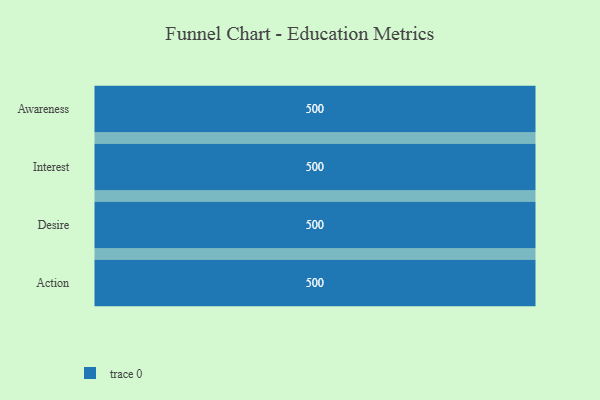
{"axis": {"x": "Stage", "y": "Value"}, "legend": [""], "data": [{"x": "Awareness", "y": 500, "type": ""}, {"x": "Interest", "y": 500, "type": ""}, {"x": "Desire", "y": 500, "type": ""}, {"x": "Action", "y": 500, "type": ""}]}